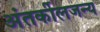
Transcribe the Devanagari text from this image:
अंतर्कीलजन्य